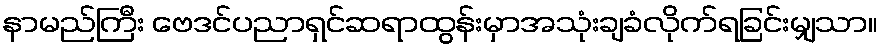
နာမည်ကြီး ဗေဒင်ပညာရှင်ဆရာထွန်းမှာအသုံးချခံလိုက်ရခြင်းမျှသာ။